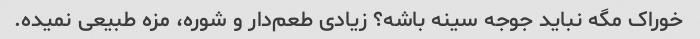
خوراک مگه نباید جوجه سینه باشه؟ زیادی طعم‌دار و شوره، مزه طبیعی نمیده.